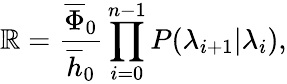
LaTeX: \mathbb{R}=\frac{{\overline{{{\Phi}}}_{0}}}{{\overline{{{h}}}_{0}}}\prod_{i=0}^{n-1}P(\lambda_{i+1}|\lambda_{i}),